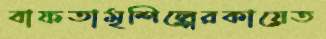
বাফতামৃশিল্পেরকায়েত